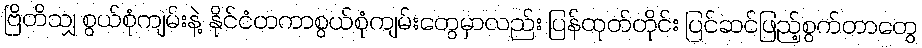
ဗြိတိသျှ စွယ်စုံကျမ်းနဲ့ နိုင်ငံတကာစွယ်စုံကျမ်းတွေမှာလည်း ပြန်ထုတ်တိုင်း ပြင်ဆင်ဖြည့်စွက်တာတွေ